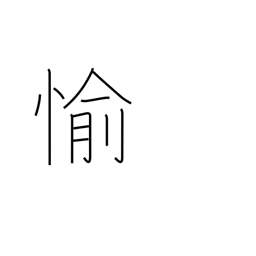
Meaning: happy